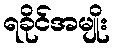
ရခိုင်အမျိုး